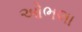
ઓભલા